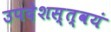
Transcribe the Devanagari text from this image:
उपदेशस्त्वयं